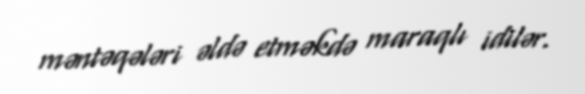
məntəqələri əldə etməkdə maraqlı idilər.